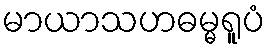
မာယာသဟဓမ္မရူပံ